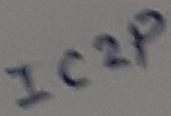
Text: IC2P